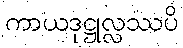
ကာယဒုဋ္ဌုလ္လဿပိ